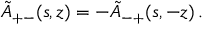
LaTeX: \tilde { { \cal A } } _ { + - } ( s , z ) = - \tilde { { \cal A } } _ { - + } ( s , - z ) \, .